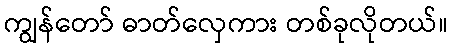
ကျွန်တော် ဓာတ်လှေကား တစ်ခုလိုတယ်။